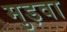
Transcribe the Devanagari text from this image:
मुड़वा